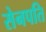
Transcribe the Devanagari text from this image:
सेनपति